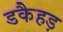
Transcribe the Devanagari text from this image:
डकैहड़